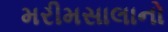
મરીમસાલાનો